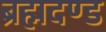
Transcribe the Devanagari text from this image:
ब्रह्मदण्ड